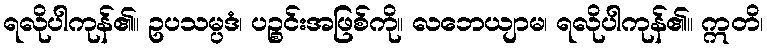
ရလိုပါကုန်၏။ ဥပသမ္ပဒံ၊ ပဉ္စင်းအဖြစ်ကို။ လဘေယျာမ၊ ရလိုပါကုန်၏။ ဣတိ၊